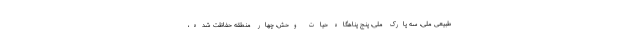
طبیعی ملی، سه پارک ملی، پنج پناهگاه حیات وحش، چهار منطقه حفاظت شده،